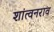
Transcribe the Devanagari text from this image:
शांत्वनराव